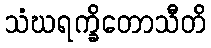
သံဃရက္ခိတောသီတိ